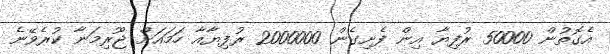
އެގޮތުން 50000 ރުފިޔާ އިން ފެށިގެން 2000000 ރުފިޔާއާ ހަމައަށް ޖޫރިމަނާ ކުރެވޭނެ